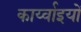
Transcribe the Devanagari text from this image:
कार्य्वाइयों